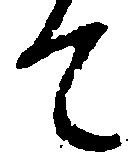
て